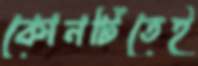
কোনটিতেই